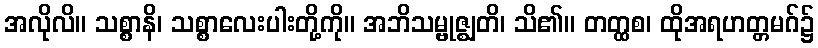
အလိုလိ။ သစ္စာနိ၊ သစ္စာလေးပါးတို့ကို။ အဘိသမ္ဗုဇ္ဈတိ၊ သိ၏။ တတ္ထစ၊ ထိုအရဟတ္တမဂ်၌